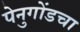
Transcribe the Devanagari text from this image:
पेनुगोंडचा